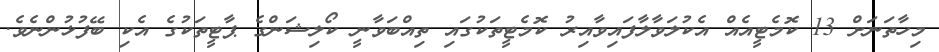
މިހާތަނަށް 13 ކޮމެޓީއެއް އެކުލަވާލާފައިވާއިރު ކޮމެޓީތަކުގައި ތިއްބަވާނީ ކޯލިޝަންގެ ޕާޓީތަކުގެ އެކި ބޭފުޅުންނެވެ.